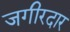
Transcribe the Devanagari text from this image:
जगीरदार